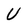
Character: U